Civil Veterinary Dept. Bombay admin report 1914-1922 - 1914-1922
Year: 1914
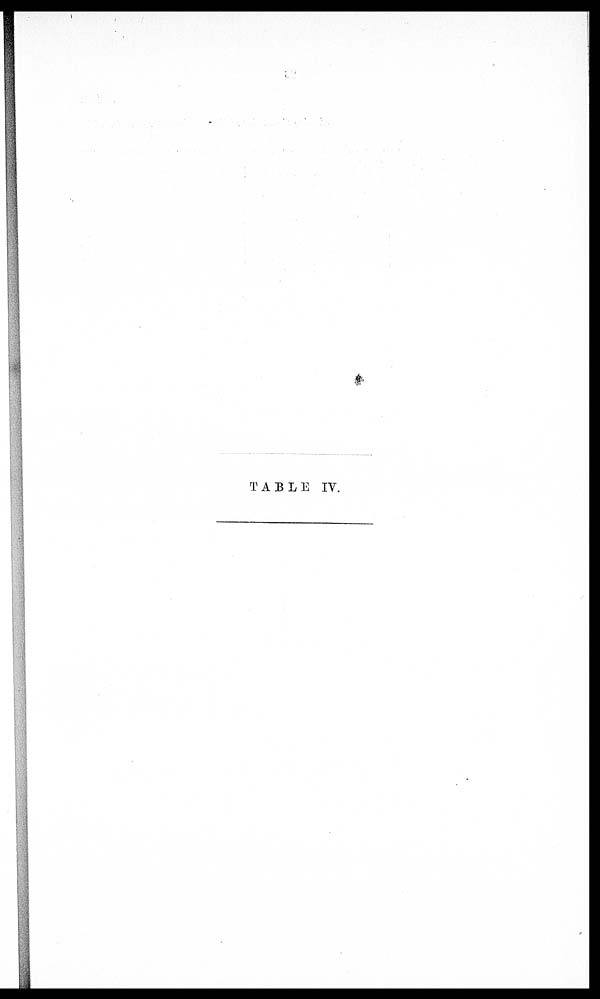
TABLE IV.